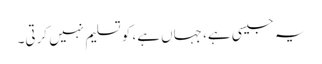
یہ جیسی ہے، جہاں ہے، کو تسلیم نہیں کرتی۔